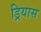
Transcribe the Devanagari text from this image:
ड्रियास